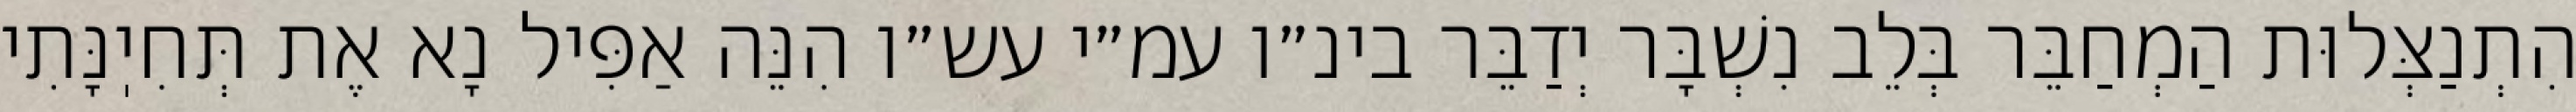
הִתְנַצְּלוּת הַמְחַבֵּר בְּלֵב נִשְׁבָּר יְדַבֵּר בינ״ו עמ״י עש״ו הִנֵּה אַפִּיל נָא אֶת תְּחִיֽנָּתִי